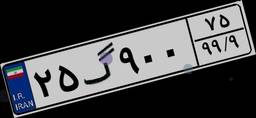
۲۵گ۹۰۰۷۵